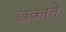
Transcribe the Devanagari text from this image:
छकाते